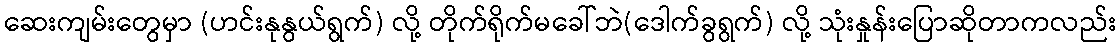
ဆေးကျမ်းတွေမှာ (ဟင်းနုနွယ်ရွက်) လို့ တိုက်ရိုက်မခေါ်ဘဲ(ဒေါက်ခွရွက်) လို့ သုံးနှုန်းပြောဆိုတာကလည်း